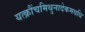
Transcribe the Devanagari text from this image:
यत्क्रौंचमिथुनादेकमवधि